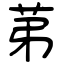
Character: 苐